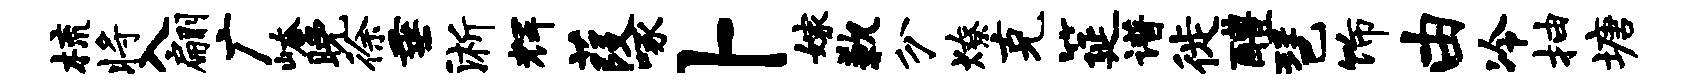
梳将入翩广崦晚徐垂淅辉葭啄卜嫁歉分燎克筵谱徙醴琶饰由冷抽塘